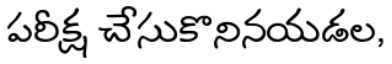
పరీక్ష చేసుకొనినయడల,